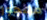
مهجور